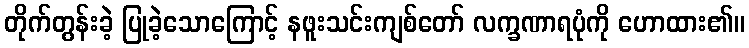
တိုက်တွန်းခဲ့ ပြုခဲ့သောကြောင့် နဖူးသင်းကျစ်တော် လက္ခဏာရပုံကို ဟောထား၏။